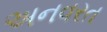
અનવરત